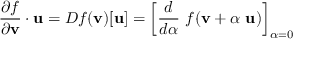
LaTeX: { \frac { \partial f } { \partial \mathbf { v } } } \cdot \mathbf { u } = D f ( \mathbf { v } ) [ \mathbf { u } ] = \left[ { \frac { d } { d \alpha } } ~ f ( \mathbf { v } + \alpha ~ \mathbf { u } ) \right] _ { \alpha = 0 }